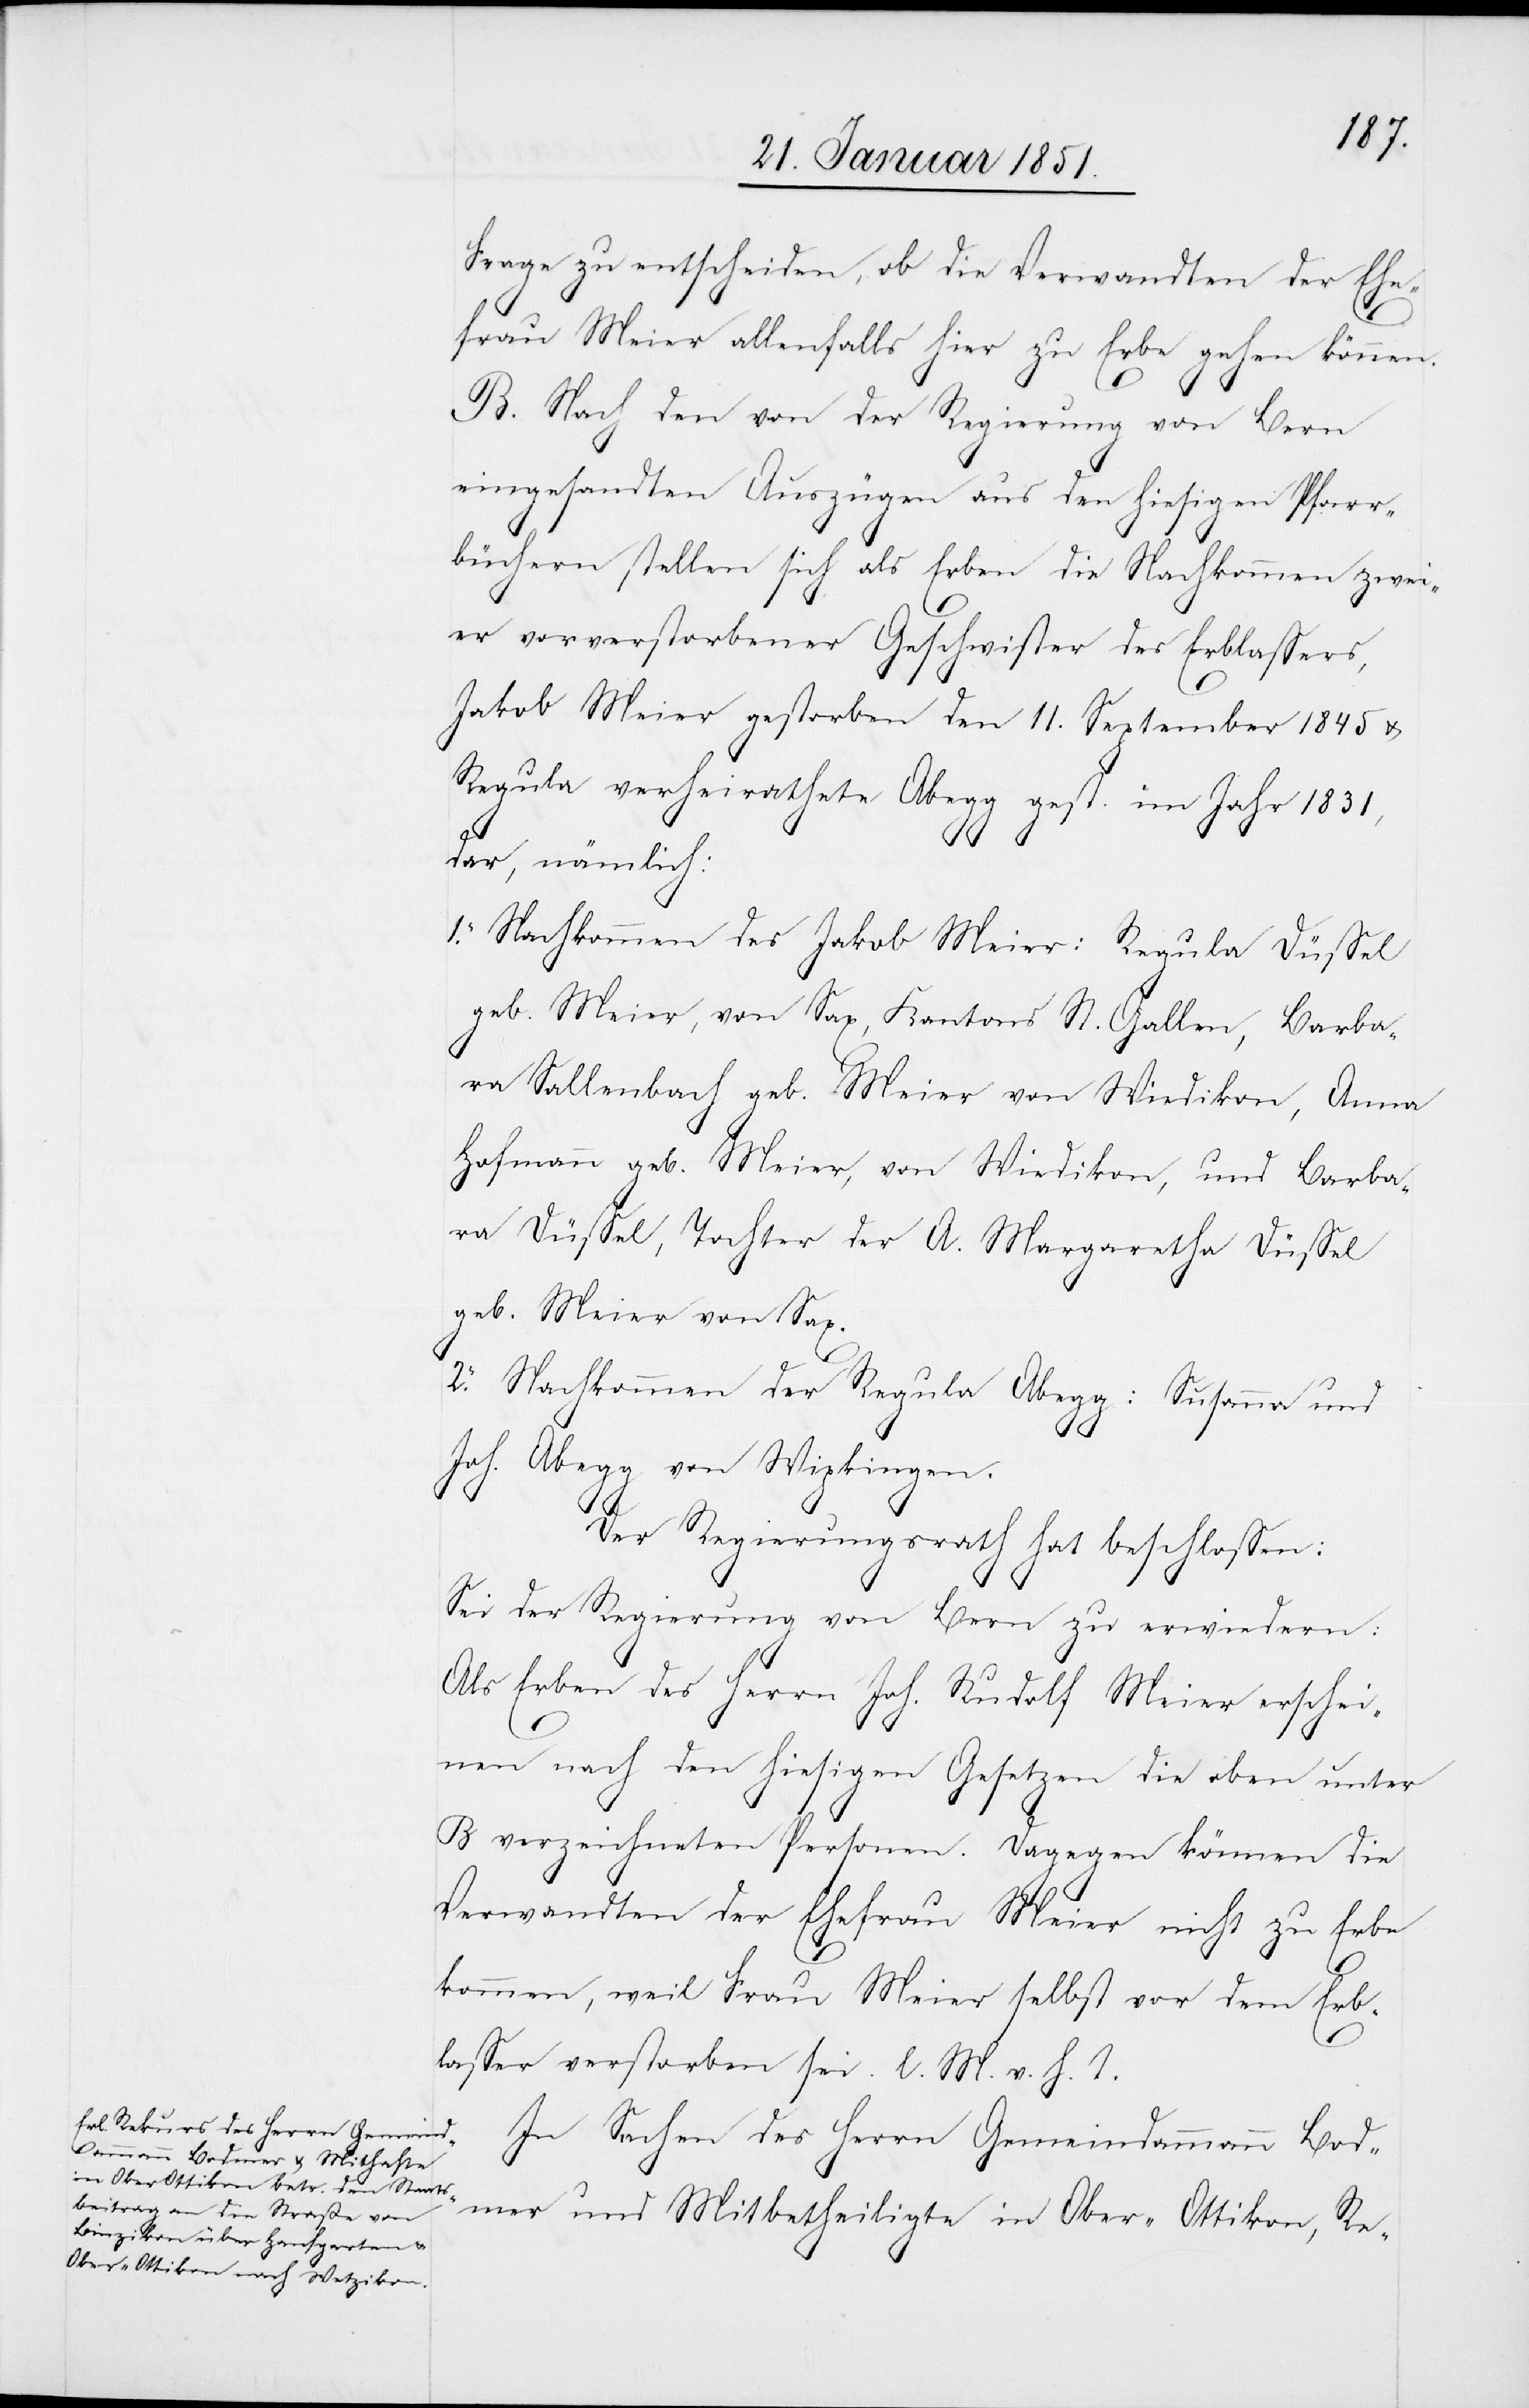
Frage zu entscheiden, ob die Verwandten der Ehe¬
frau Meier allenfalls hier zu Erbe gehen können.
B. Nach den von der Regierung von Bern
eingesandten Auszügen aus den hiesigen Pfarr¬
büchern stellen sich als Erben die Nachkommen zwei¬
er vorverstorbener Geschwister des Erblassers,
Jakob Meier gestorben den 11. September 1845 u.
Regula verheirathete Abegg gest. im Jahr 1831,
dar, nämlich:
1. Nachkommen des Jakob Meier: Regula Düssel
geb. Meier, von Sax, Kantons St. Gallen, Barba¬
ra Sallenbach geb. Meier von Wiedikon, Anna
Hofmann geb. Meier, von Wiedikon, und Barba¬
ra Düssel, Tochter der A. Margaretha Düssel
geb. Meier von Sax.
2. Nachkommen der Regula Abegg: Susanna und
Joh. Abegg von Wipkingen.
Der Regierungsrath hat beschlossen:
Sei der Regierung von Bern zu erwiedern:
Als Erben des Herrn Joh. Rudolf Meier erschei¬
nen nach den hiesigen Gesetzen die oben unter
B verzeichneten Personen. Dagegen können die
Verwandten der Ehefrau Meier nicht zu Erbe
kommen, weil Frau Meier selbst vor dem Erb¬
lasser verstorben sei. l. M. v. h. T.
In Sachen des Herrn Gemeindammann Bod¬
mer und Mitbetheiligte in Ober-Ottikon, Re-